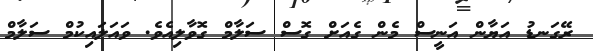
ރޭގަނޑު އަޔާން އަނީސް މެން ގެއަށް ގޮސް ސަލާމް ގޮވާލިއެވެ. ވައަލައިކުމް ސަލާމް